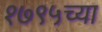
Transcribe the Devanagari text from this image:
१७९५च्या